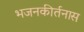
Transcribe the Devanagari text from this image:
भजनकीर्तनास